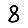
Digit: 8